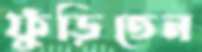
ফুঁড়িতেন